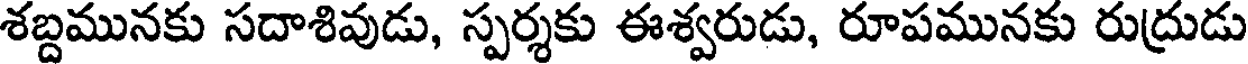
శబ్దమునకు సదాశివుడు, స్పర్శకు ఈశ్వరుడు, రూపమునకు రుద్రుడు